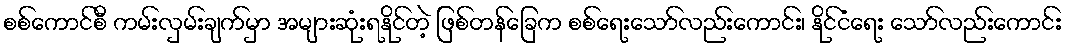
စစ်ကောင်စီ ကမ်းလှမ်းချက်မှာ အများဆုံးရနိုင်တဲ့ ဖြစ်တန်ခြေက စစ်ရေးသော်လည်းကောင်း၊ နိုင်ငံရေး သော်လည်းကောင်း